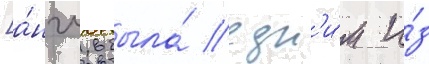
[а́нгл. была́ одн'и́м и́з